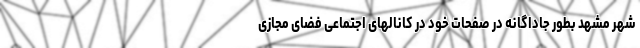
شهر مشهد بطور جاداگانه در صفحات خود در کانالهای اجتماعی فضای مجازی